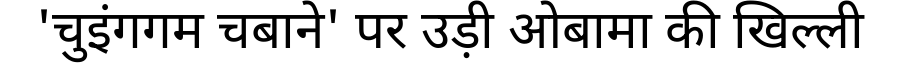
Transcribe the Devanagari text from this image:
'चुइंगगम चबाने' पर उड़ी ओबामा की खिल्ली